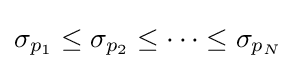
\sigma _{p_{1}}\leq \sigma _{p_{2}}\leq \cdots \leq \sigma _{p_{N}}